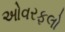
ઓવરફલો